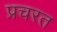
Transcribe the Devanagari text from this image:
प्रचरत